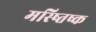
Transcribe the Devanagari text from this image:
मस्ष्तिष्क